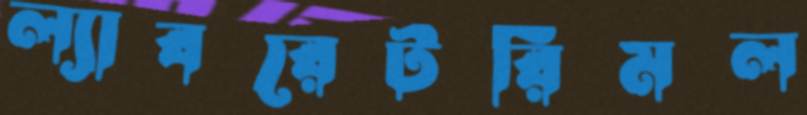
ল্যাবরেটরিমল